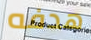
هدفه